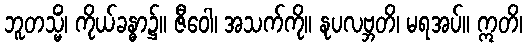
ဘူတသ္မိံ၊ ကိုယ်ခန္ဓာ၌။ ဇီဝေါ၊ အသက်ကို။ နုပလဗ္ဘတိ၊ မရအပ်။ ဣတိ၊